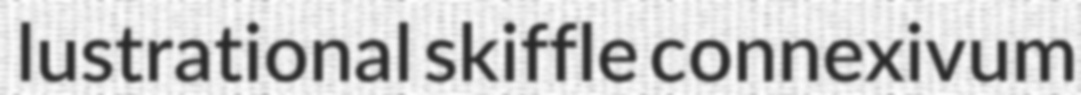
lustrational skiffle connexivum